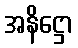
အနိဋ္ဌော